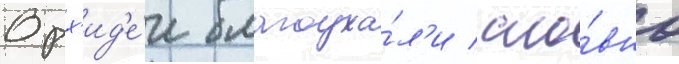
Орх'ид'е́и благоуха́л'и / сло́вно